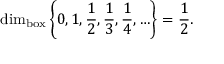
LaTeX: \dim _ { \operatorname { b o x } } \left\{ 0 , 1 , { \frac { 1 } { 2 } } , { \frac { 1 } { 3 } } , { \frac { 1 } { 4 } } , \ldots \right\} = { \frac { 1 } { 2 } } .